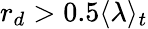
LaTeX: r_{d}>0.5\langle\lambda\rangle_{t}